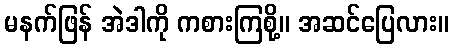
မနက်ဖြန် အဲဒါကို ကစားကြစို့။ အဆင်ပြေလား။